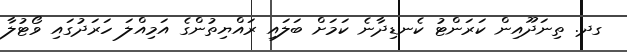
ގދ. ތިނަދޫއިން ކަރަންޓު ކެނޑިދާނެ ކަމަށް ބަލައި ރައްޔިތުންގެ އަމިއްލަ ހަރަދުގައި ވޯޓުލާ